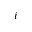
i